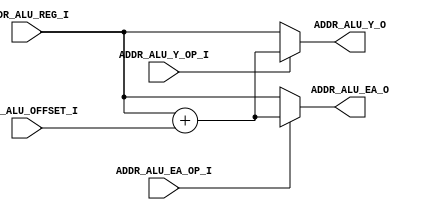
// [TURBO9_HEADER_START]
//////////////////////////////////////////////////////////////////////////////
//                          Turbo9 Microprocessor IP
//////////////////////////////////////////////////////////////////////////////
// Website: www.turbo9.org
// Contact: team[at]turbo9[dot]org
//////////////////////////////////////////////////////////////////////////////
// [TURBO9_LICENSE_START]
// BSD-1-Clause
//
// Copyright (c) 2020-2023
// Kevin Phillipson
// Michael Rywalt
// All rights reserved.
//
// Redistribution and use in source and binary forms, with or without
// modification, are permitted provided that the following conditions are met:
//
// 1. Redistributions of source code must retain the above copyright notice,
//    this list of conditions and the following disclaimer.
//
// THIS SOFTWARE IS PROVIDED BY THE COPYRIGHT HOLDERS AND CONTRIBUTORS "AS IS"
// AND ANY EXPRESS OR IMPLIED WARRANTIES, INCLUDING, BUT NOT LIMITED TO, THE
// IMPLIED WARRANTIES OF MERCHANTABILITY AND FITNESS FOR A PARTICULAR PURPOSE
// ARE DISCLAIMED. IN NO EVENT SHALL THE COPYRIGHT HOLDERS AND CONTRIBUTORS BE
// LIABLE FOR ANY DIRECT, INDIRECT, INCIDENTAL, SPECIAL, EXEMPLARY, OR
// CONSEQUENTIAL DAMAGES (INCLUDING, BUT NOT LIMITED TO, PROCUREMENT OF
// SUBSTITUTE GOODS OR SERVICES; LOSS OF USE, DATA, OR PROFITS; OR BUSINESS
// INTERRUPTION) HOWEVER CAUSED AND ON ANY THEORY OF LIABILITY, WHETHER IN
// CONTRACT, STRICT LIABILITY, OR TORT (INCLUDING NEGLIGENCE OR OTHERWISE)
// ARISING IN ANY WAY OUT OF THE USE OF THIS SOFTWARE, EVEN IF ADVISED OF THE
// POSSIBILITY OF SUCH DAMAGE.
// [TURBO9_LICENSE_END]
//////////////////////////////////////////////////////////////////////////////
// Description: 16-bit Address ALU
//
//////////////////////////////////////////////////////////////////////////////
// History:
// 07.14.2023 - Kevin Phillipson
//   File header added
//
//////////////////////////////////////////////////////////////////////////////
// [TURBO9_HEADER_END]

/////////////////////////////////////////////////////////////////////////////
//                                MODULE
/////////////////////////////////////////////////////////////////////////////
module turbo9_address_alu
(
  //
  // Address ALU Operation
  input           ADDR_ALU_EA_OP_I,
  input           ADDR_ALU_Y_OP_I,
  //
  // Address ALU Data Inputs / Outputs
  input    [15:0] ADDR_ALU_REG_I,
  input    [15:0] ADDR_ALU_OFFSET_I,
  output   [15:0] ADDR_ALU_Y_O,
  output   [15:0] ADDR_ALU_EA_O
);

/////////////////////////////////////////////////////////////////////////////
//                             INTERNAL SIGNALS
/////////////////////////////////////////////////////////////////////////////
//

//////////////////////////////////////// ADDR_ALU_EA_OP_I / ADDR_ALU_Y_OP_I defines
//
localparam  EQU_REG = 1'b0;
localparam  EQU_SUM = 1'b1;

wire [15:0] adder_sum;

/////////////////////////////////////////////////////////////////////////////


/////////////////////////////////////////////////////////////////////////////
//                                  LOGIC
/////////////////////////////////////////////////////////////////////////////

assign adder_sum = ADDR_ALU_REG_I + ADDR_ALU_OFFSET_I;

assign ADDR_ALU_Y_O  = (ADDR_ALU_Y_OP_I == EQU_SUM)  ? adder_sum : ADDR_ALU_REG_I;

assign ADDR_ALU_EA_O = (ADDR_ALU_EA_OP_I == EQU_SUM) ? adder_sum : ADDR_ALU_REG_I;

/////////////////////////////////////////////////////////////////////////////

endmodule